Indian Medical Review
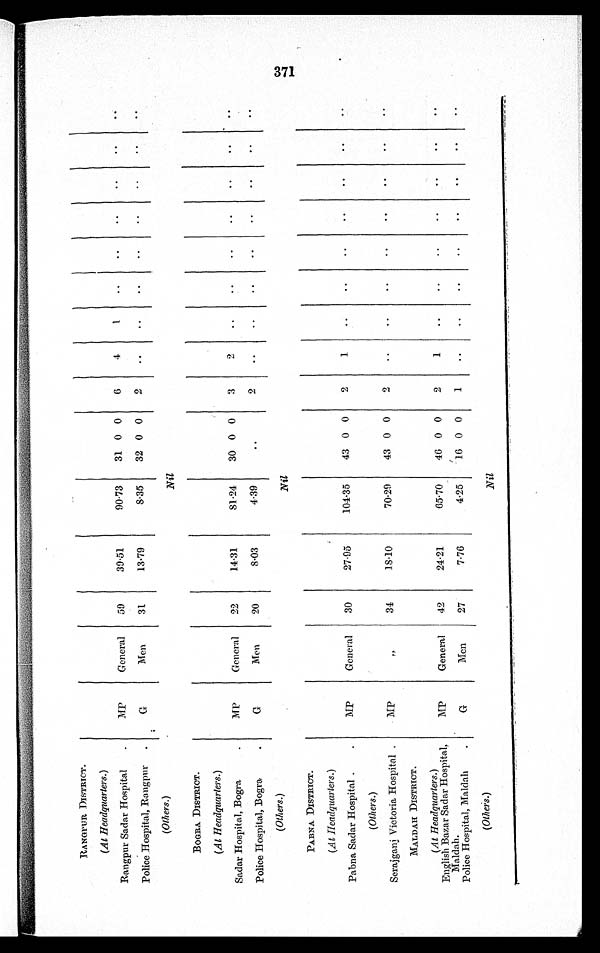
RANGPUR DISTRICT.
(At Headquarters. )
Rangpur Sadar Hospital
MP
General
59
39·51
90·73
31 0 0
6
4
1
..
..
..
..
..
. .
Police Hospital, Rangpur
G
Men
31
13·79
8·35
32 0 0
2
..
..
..
..
..
. .
. .
. .
(Others. )
Nil
BOGRA DISTRICT.
(At Headquarters. )
Sadar Hospital, Bogra
MP
General
22
14·31
81·24
30 0 0
3
2
. .
. .
. .
. .
. .
. .
Police Hospital, Bogra
G
Men
20
8·03
4·39
..
2
..
..
..
..
..
..
..
. .
( Others. )
Nil
PABNA DISTRICT.
(At Headquarters. )
Pabna Sadar Hospital
MP
General
30
27·95
104·35
43 0 0
2
1
..
..
..
..
..
..
..
( Others. )
Serajganj Victoria Hospital
MP
„
34
18·10
70·29
43 0 0
2
..
. .
. .
. .
. .
. .
. .
. .
MALDAH DISTRICT.
(At Headquarters.)
English Bazar Sadar Hospital,
Maldah.
MP
General
42
24·21
65·70
46 0 0
2
1
. .
. .
. .
. .
. .
. .
. .
Police Hospital, Maldah
G
Men
27
7·76
4·25
16 0 0
1
..
..
..
..
..
..
..
. .
( Others. )
Nil
371